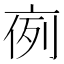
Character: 𠅜